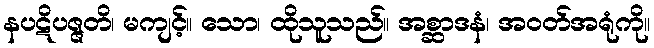
နပဋိပဇ္ဇတိ၊ မကျင့်။ သော၊ ထိုသူသည်။ အစ္ဆာဒနံ၊ အဝတ်အရုံကို။